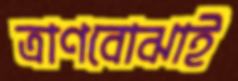
ত্রাণবোঝাই